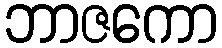
ဘာဇကော